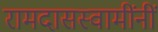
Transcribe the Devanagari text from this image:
रामदासस्वामींनीं